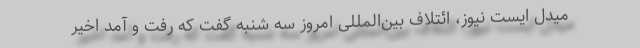
میدل ایست نیوز، ائتلاف بین‌المللی امروز سه شنبه گفت که رفت و آمد اخیر